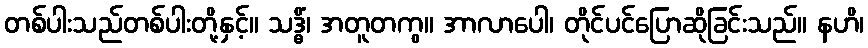
တစ်ပါးသည်တစ်ပါးတို့နှင့်။ သဒ္ဓိံ၊ အတူတကွ။ အာလာပေါ၊ တိုင်ပင်ပြောဆိုခြင်းသည်။ နဟိ၊